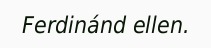
Ferdinánd ellen.